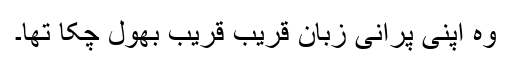
وہ اپنی پرانی زبان قریب قریب بھول چکا تھا۔